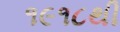
૧૯૧૮થી